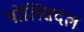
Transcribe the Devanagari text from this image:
पोलिसदल